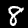
Digit: 8